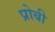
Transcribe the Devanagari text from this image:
प्रोबी